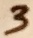
Text: 3